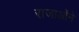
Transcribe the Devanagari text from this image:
राजाओंने